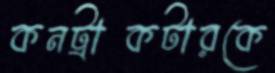
কনট্রাকটারকে